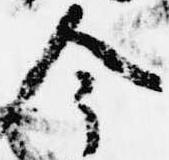
今